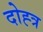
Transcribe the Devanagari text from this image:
दोह्त्र